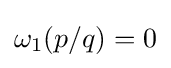
\omega _{1}(p/q)=0